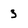
Character: 3